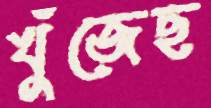
খুঁজেছ